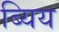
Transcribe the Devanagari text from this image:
ब्यिय